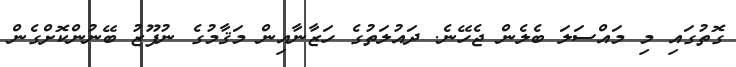
ގޮތުގައި މި މައްސަލަ ބެލެން ޖެހޭނެ. ދައުލަތުގެ ހަޒާނާއިން މަޤާމުގެ ނުފޫޒު ބޭނުންކޮށްގެން